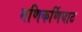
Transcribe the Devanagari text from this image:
मणिकर्णिघाट